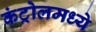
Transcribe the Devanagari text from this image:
कंट्रोलमध्ये